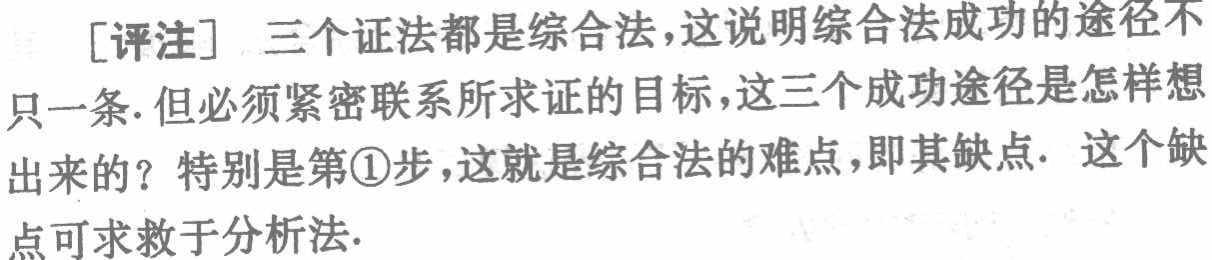
[评注] 三个证法都是综合法，这说明综合法成功的途径不

只一条. 但必须紧密联系所求证的目标，这三个成功途径是怎样想

出来的？特别是第\textcircled{1}步，这就是综合法的难点，即其缺点. 这个缺

点可求救于分析法.